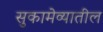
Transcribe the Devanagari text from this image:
सुकामेव्यातील